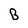
Character: B